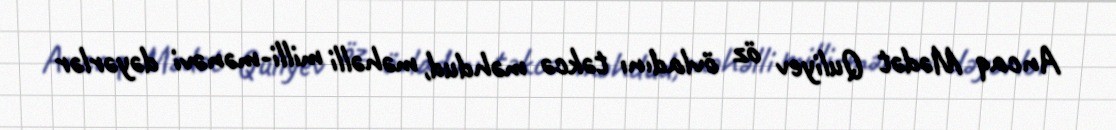
Ancaq Mədət Quliyev öz övladını təkcə məhdud, məhəlli milli-mənəvi dəyərlər